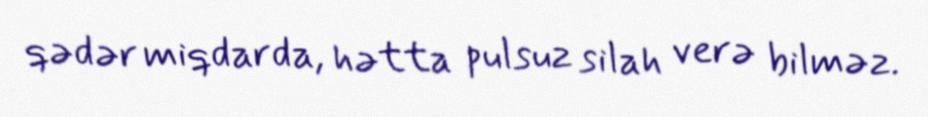
qədər miqdarda, hətta pulsuz silah verə bilməz.